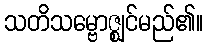
သတိသမ္ဗောဇ္ဈင်မည်၏။